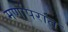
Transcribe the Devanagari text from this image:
मर्णोपरांत